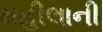
મહીલાની